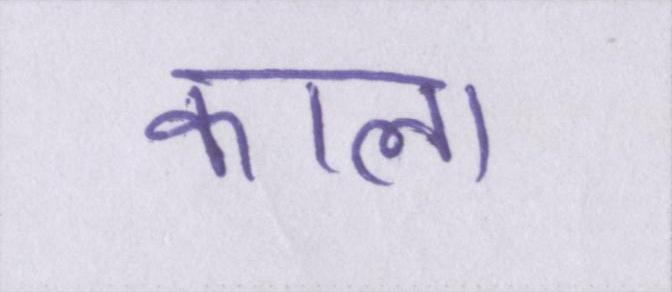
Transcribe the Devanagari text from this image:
काला